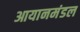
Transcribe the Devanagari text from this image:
आयानमंडल